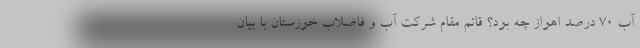
آب ۷۰ درصد اهواز چه بود؟ قائم مقام شرکت آب و فاضلاب خوزستان با بیان